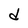
Character: d